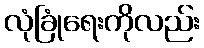
လုံခြုံရေးကိုလည်း